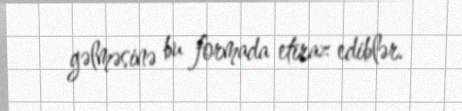
gəlməsinə bu formada etiraz ediblər.